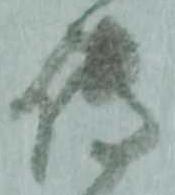
伝